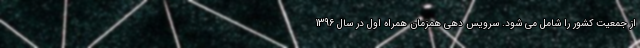
از جمعیت کشور را شامل می شود. سرویس دهی همزمان همراه اول در سال 1396